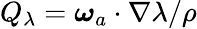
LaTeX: Q_{\lambda}=\boldsymbol{\omega}_{a}\cdot\nabla\lambda/\rho